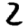
Digit: 2